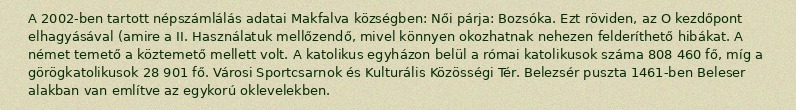
A 2002-ben tartott népszámlálás adatai Makfalva községben: Női párja: Bozsóka. Ezt röviden, az O kezdőpont elhagyásával (amire a II. Használatuk mellőzendő, mivel könnyen okozhatnak nehezen felderíthető hibákat. A német temető a köztemető mellett volt. A katolikus egyházon belül a római katolikusok száma 808 460 fő, míg a görögkatolikusok 28 901 fő. Városi Sportcsarnok és Kulturális Közösségi Tér. Belezsér puszta 1461-ben Beleser alakban van említve az egykorú oklevelekben.